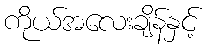
ကိုယ်အလေးချိန်နှင့်